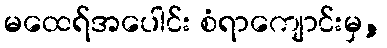
မထေရ်အပေါင်း စံရာကျောင်းမှ,